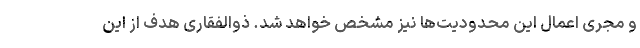
و مجری اعمال این محدودیت‌ها نیز مشخص خواهد شد. ذوالفقاری هدف از این